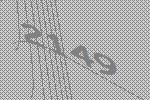
2149